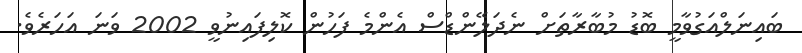
ބައިނަލްއަގުވާމީ ބޮޑު މުބާރާތަށް ނެދަލޭންޑްސް އެންމެ ފަހުން ކޮލިފައިނުވީ 2002 ވަނަ އަހަރެވެ.